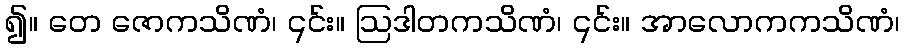
၍။ တေ ဇောကသိဏံ၊ ၎င်း။ ဩဒါတကသိဏံ၊ ၎င်း။ အာလောကကသိဏံ၊